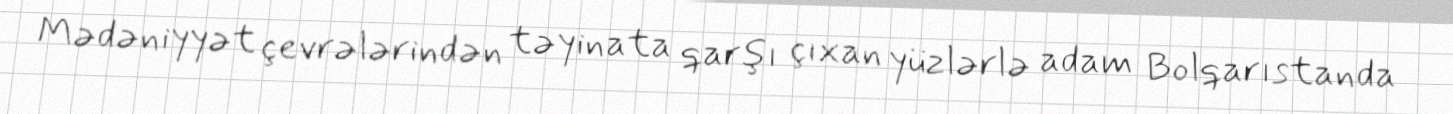
Mədəniyyət çevrələrindən təyinata qarşı çıxan yüzlərlə adam Bolqarıstanda